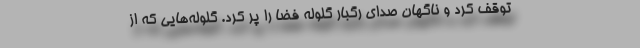
توقف کرد و ناگهان صدای رگبار گلوله فضا را پر کرد. گلوله‌هایی که از